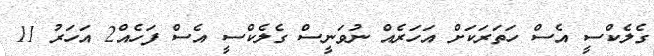
ގެލެކްސީ އެސް ހަތަރަކަށް އަހަރެއް ނުވަނީސް ގެލެކްސީ އެސް ފަހެއް2 އަހަރު 11